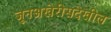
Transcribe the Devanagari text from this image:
जूनअखेरीसदेखील